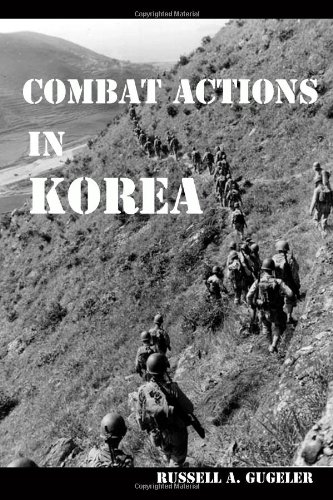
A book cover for Combat Actions in Korea: Stories From a Forgotten War; Russell A Gugeler; History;